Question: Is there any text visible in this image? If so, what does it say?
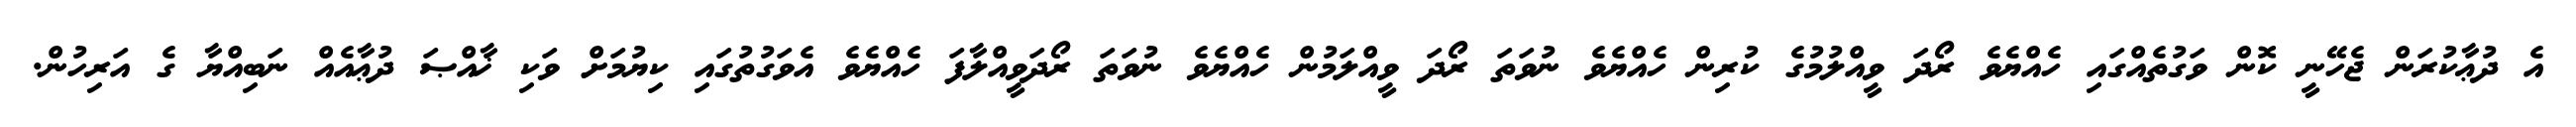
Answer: އެ ދުޢާކުރަން ޖެހޭނީ ކޮން ވަގުތެއްގައި ހެއްޔެވެ ރޯދަ ވީއްލުމުގެ ކުރިން ހެއްޔެވެ ނުވަތަ ރޯދަ ވީއްލަމުން ހެއްޔެވެ ނުވަތަ ރޯދަވީއްލާފަ ހެއްޔެވެ އެވަގުތުގައި ކިޔުމަށް ވަކި ޚާއްޞަ ދުޢާއެއް ނަބިއްޔާ ގެ އަރިހުން.